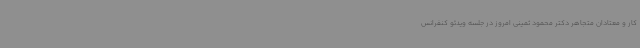
کار و معتادان متجاهر دکتر محمود ثمینی امروز در جلسه ویدئو کنفرانس